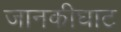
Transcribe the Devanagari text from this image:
जानकीघाट